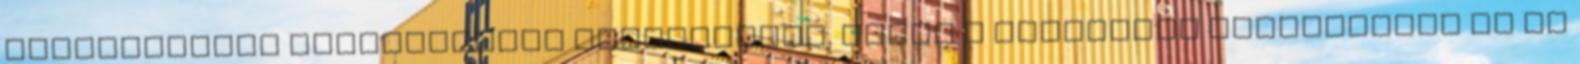
összefoglaló közzétételét tartalmazza. Ezzel a verzióval közzétettük az új